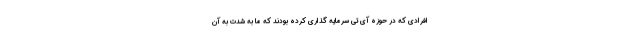
افرادی که در حوزه آی تی سرمایه گذاری کرده بودند که ما به شدت به آن